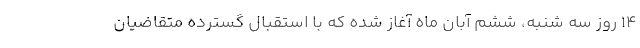
۱۴ روز سه شنبه، ششم آبان ماه آغاز شده که با استقبال گسترده متقاضیان